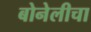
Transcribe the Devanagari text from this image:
बोनेलीचा